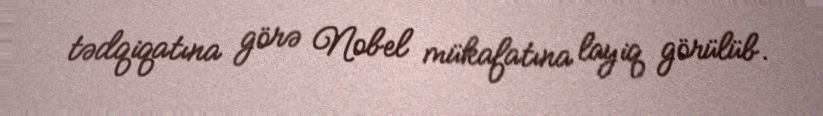
tədqiqatına görə Nobel mükafatına layiq görülüb.